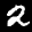
Label: 2